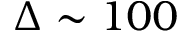
\Delta \sim 1 0 0